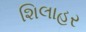
શિલાહર